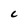
Character: C